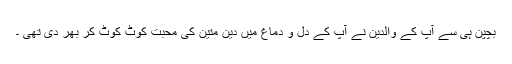
بچپن ہی سے آپ کے والدین نے آپ کے دل و دماغ میں دین متین کی محبت کوٹ کوٹ کر بھر دی تھی ۔